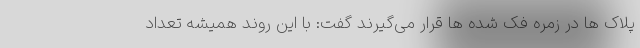
پلاک ها در زمره فک شده ها قرار می‌گیرند گفت: با این روند همیشه تعداد